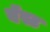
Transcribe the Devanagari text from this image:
बॅस्ट